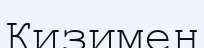
Кизимен